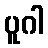
ပူဂါ